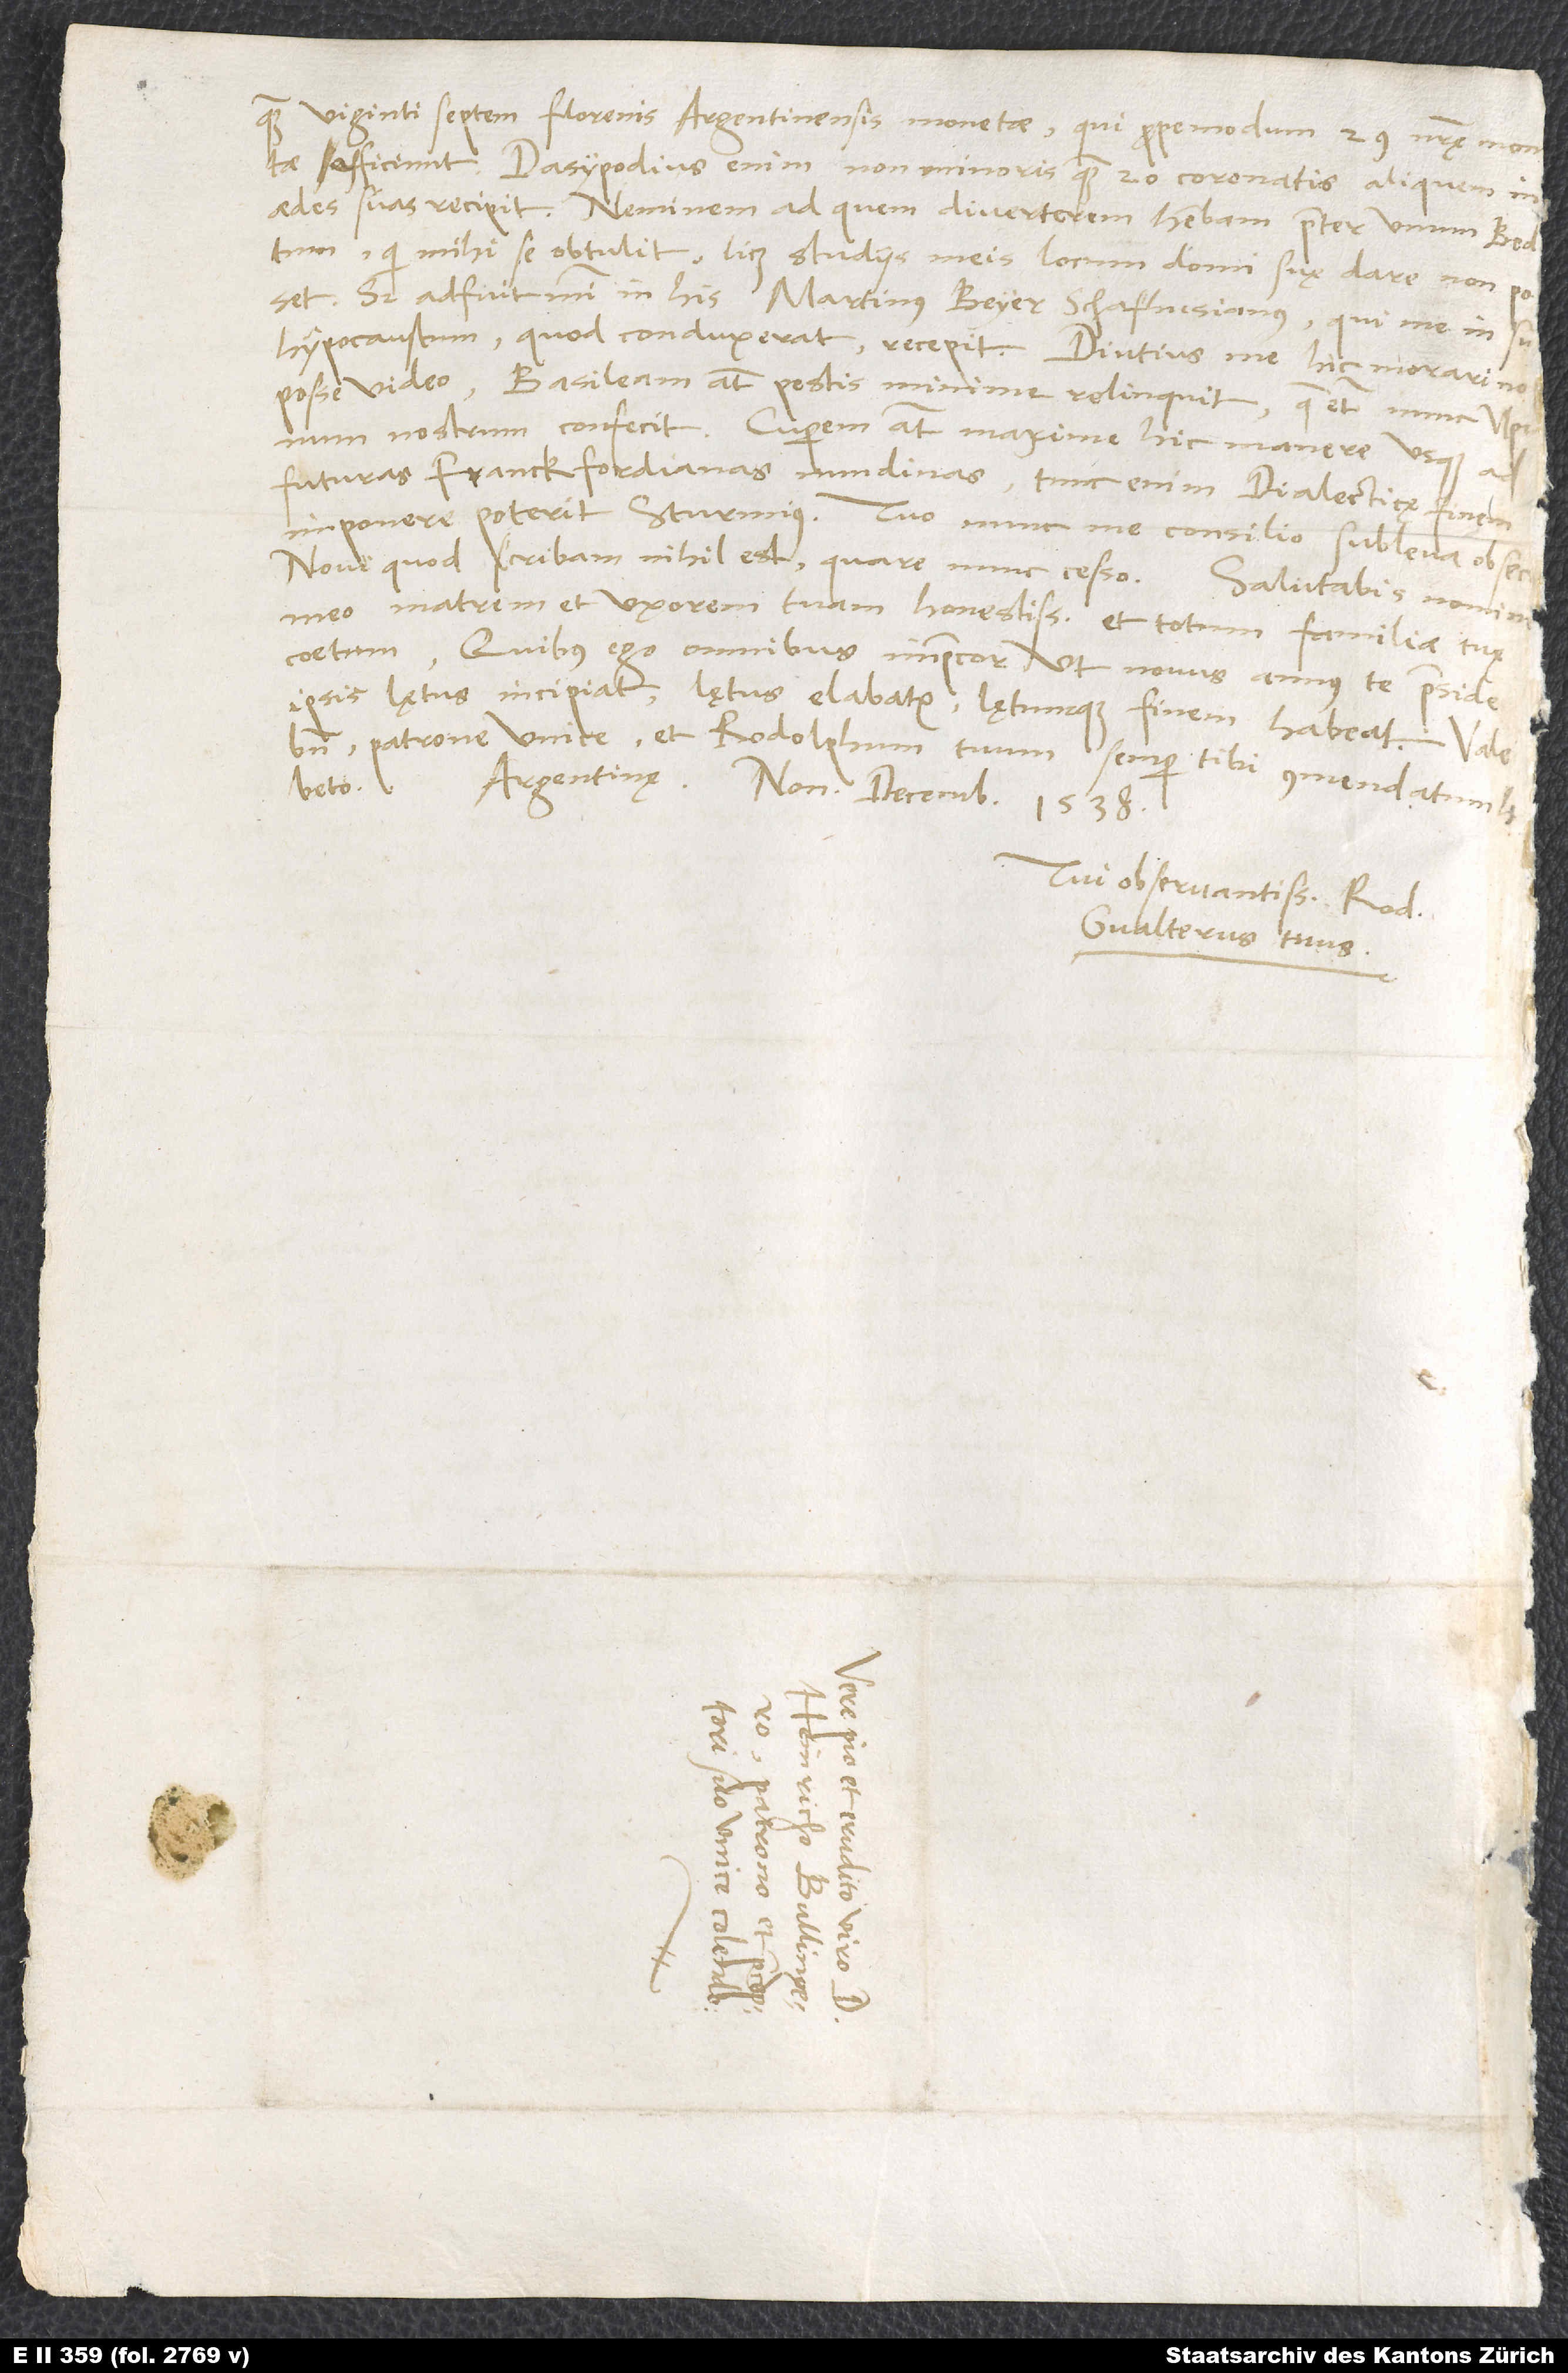
quam viginti septem florenis Argentinensis monetae, qui propemodum 29 nostrę mon
Novi, quod scribam, nihil est; quare nunc cesso. Salutabis nomine
meo matrem et uxorem tuam honestissimam et totum familiae tuę
coetum. Quibus ego omnibus imprecor, ut novus annus te praeside
ipsis lętus incipiat, lętus elabatur lętumque finem habeat.
bene, patrone unice, et Rodolphum tuum semper tibi commendatum
beto.
Tui observantissimus Rod.
Gvalterus tuus.
.
d.